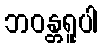
ဘဝန္တရူပါ